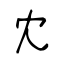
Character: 冘